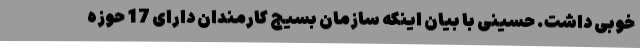
خوبی داشت. حسینی با بیان اینکه سازمان بسیج کارمندان دارای 17 حوزه